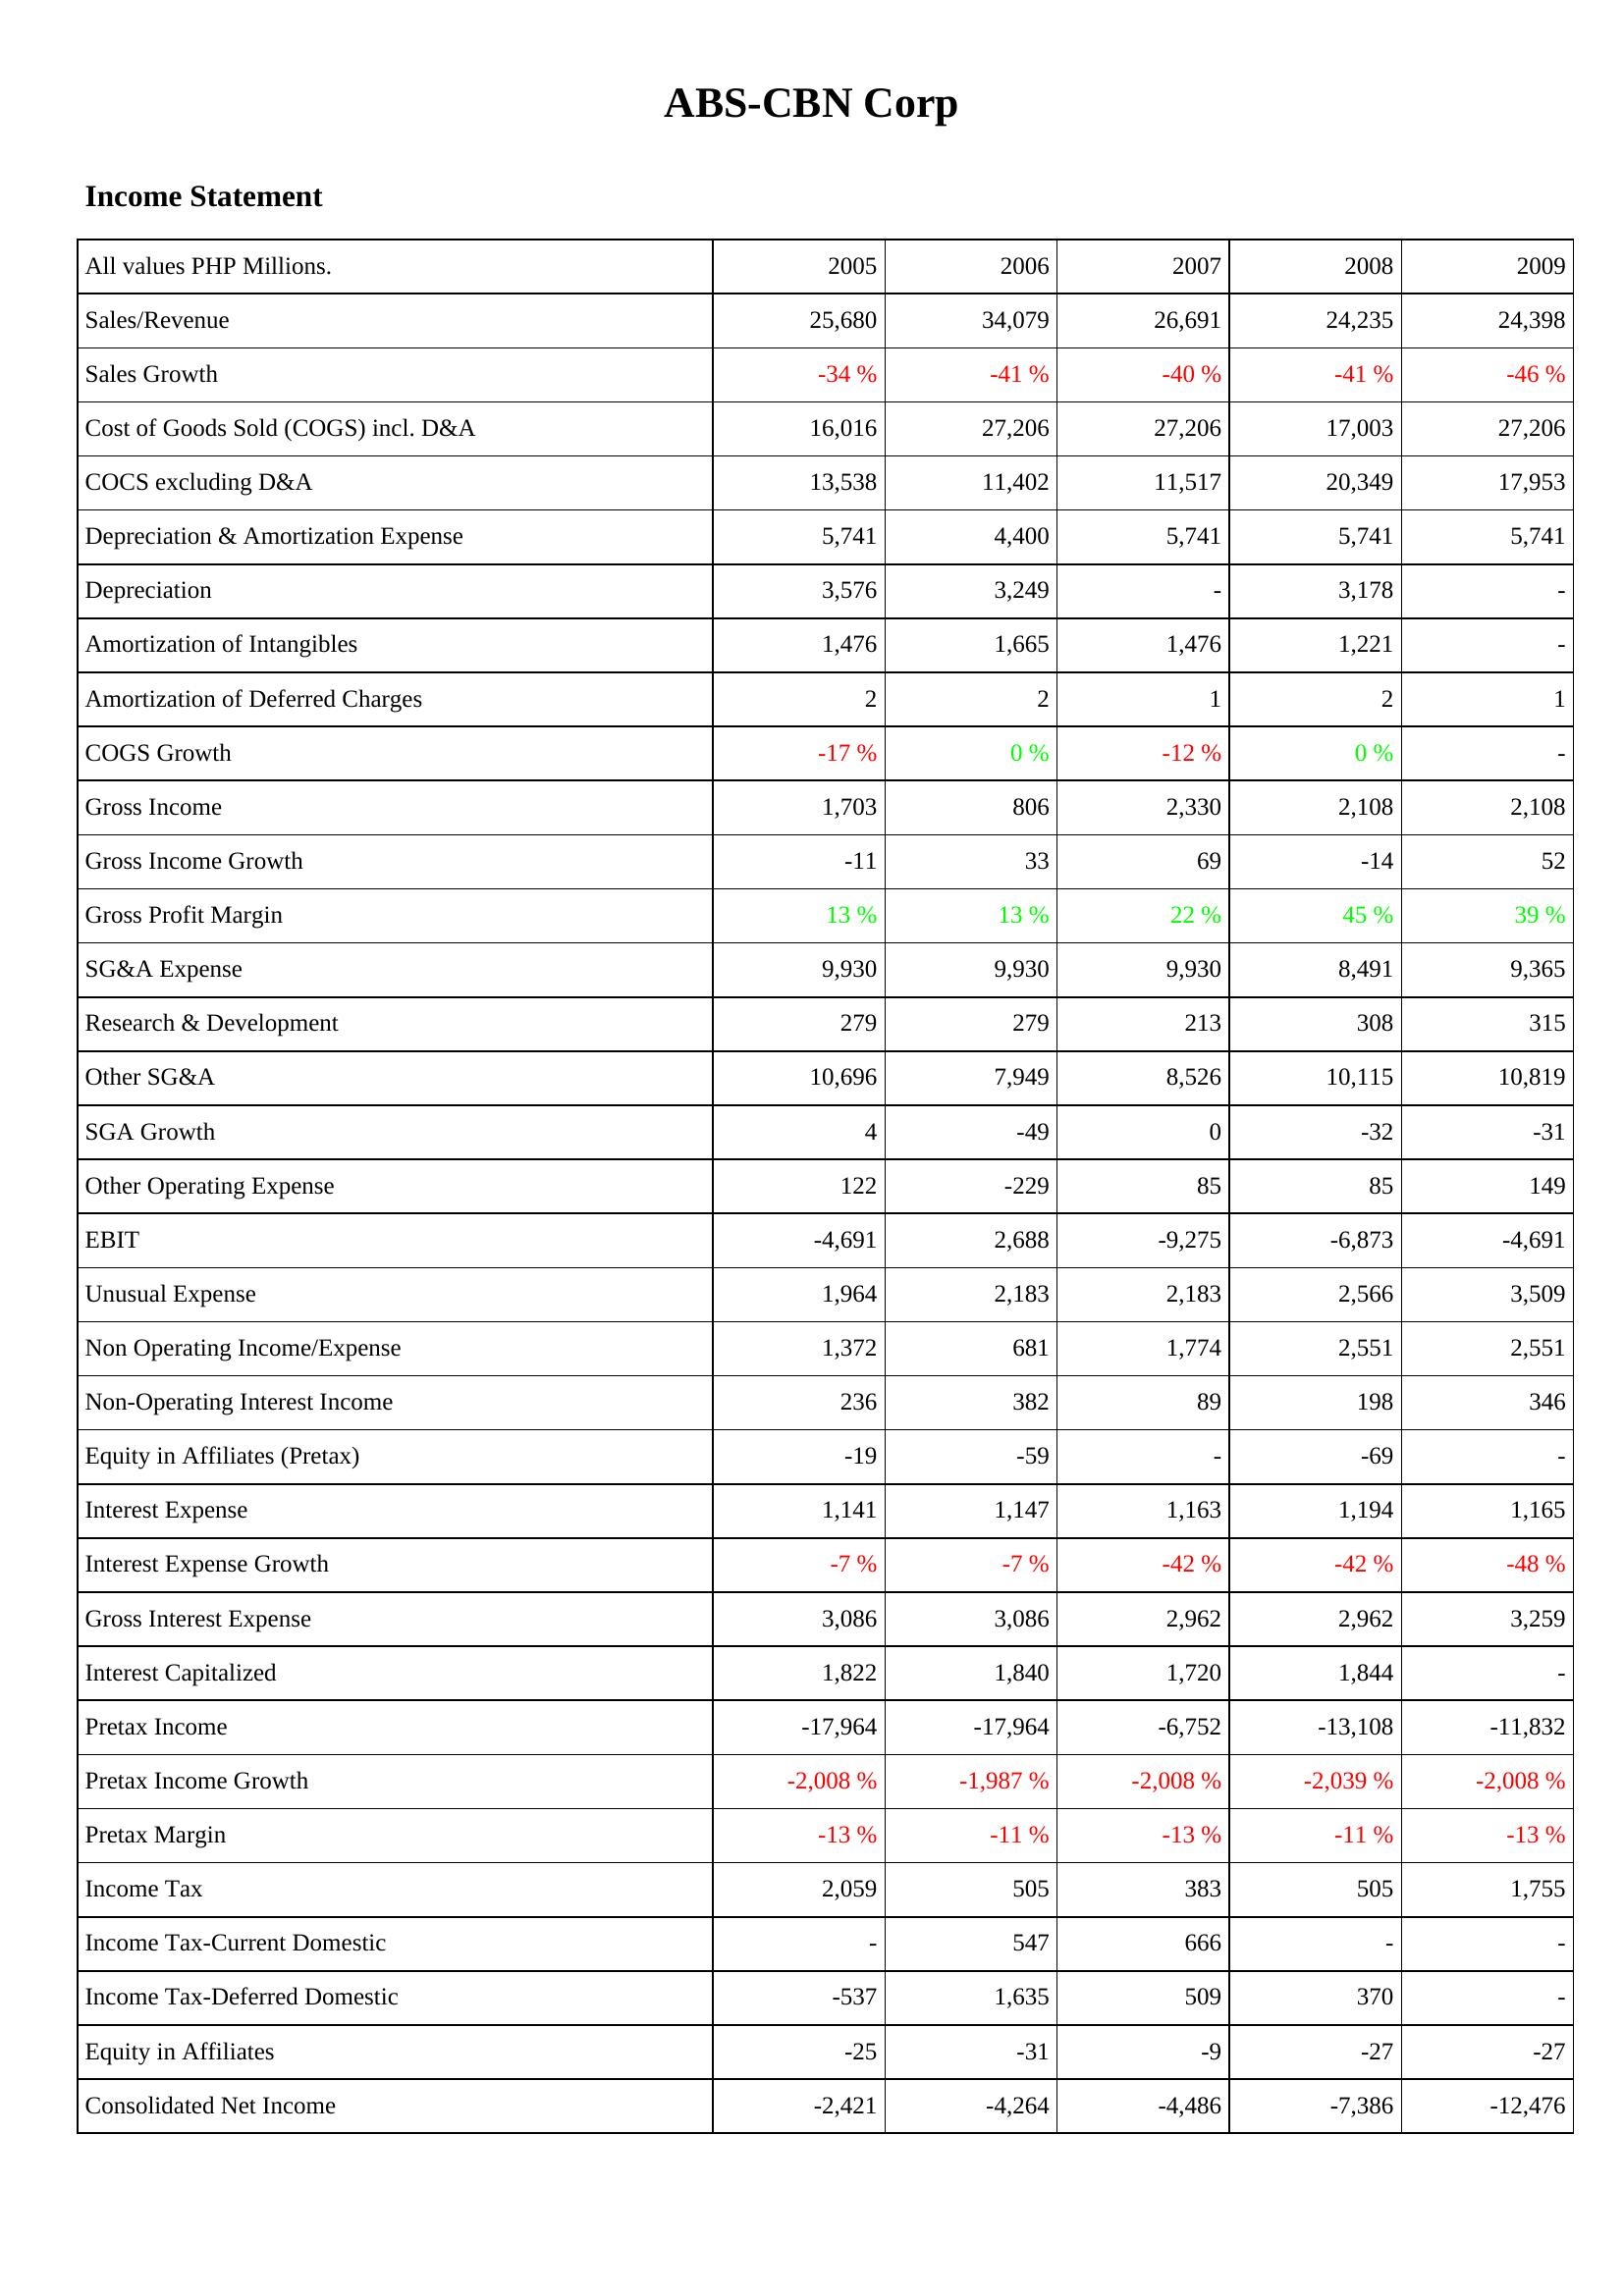
2005: Income Statement: Sales/Revenue: 25,680
Sales Growth: -34 %
Cost of Goods Sold (COGS) incl. D&A: 16,016
COCS excluding D&A: 13,538
Depreciation & Amortization Expense: 5,741
Depreciation: 3,576
Amortization of Intangibles: 1,476
Amortization of Deferred Charges: 2
COGS Growth: -17 %
Gross Income: 1,703
Gross Income Growth: -11
Gross Profit Margin: 13 %
SG&A Expense: 9,930
Research & Development: 279
Other SG&A: 10,696
SGA Growth: 4
Other Operating Expense: 122
EBIT: -4,691
Unusual Expense: 1,964
Non Operating Income/Expense: 1,372
Non-Operating Interest Income: 236
Equity in Affiliates (Pretax): -19
Interest Expense: 1,141
Interest Expense Growth: -7 %
Gross Interest Expense: 3,086
Interest Capitalized: 1,822
Pretax Income: -17,964
Pretax Income Growth: -2,008 %
Pretax Margin: -13 %
Income Tax: 2,059
Income Tax-Current Domestic: -
Income Tax-Deferred Domestic: -537
Equity in Affiliates: -25
Consolidated Net Income: -2,421
2006: Income Statement: Sales/Revenue: 34,079
Sales Growth: -41 %
Cost of Goods Sold (COGS) incl. D&A: 27,206
COCS excluding D&A: 11,402
Depreciation & Amortization Expense: 4,400
Depreciation: 3,249
Amortization of Intangibles: 1,665
Amortization of Deferred Charges: 2
COGS Growth: 0 %
Gross Income: 806
Gross Income Growth: 33
Gross Profit Margin: 13 %
SG&A Expense: 9,930
Research & Development: 279
Other SG&A: 7,949
SGA Growth: -49
Other Operating Expense: -229
EBIT: 2,688
Unusual Expense: 2,183
Non Operating Income/Expense: 681
Non-Operating Interest Income: 382
Equity in Affiliates (Pretax): -59
Interest Expense: 1,147
Interest Expense Growth: -7 %
Gross Interest Expense: 3,086
Interest Capitalized: 1,840
Pretax Income: -17,964
Pretax Income Growth: -1,987 %
Pretax Margin: -11 %
Income Tax: 505
Income Tax-Current Domestic: 547
Income Tax-Deferred Domestic: 1,635
Equity in Affiliates: -31
Consolidated Net Income: -4,264
2007: Income Statement: Sales/Revenue: 26,691
Sales Growth: -40 %
Cost of Goods Sold (COGS) incl. D&A: 27,206
COCS excluding D&A: 11,517
Depreciation & Amortization Expense: 5,741
Depreciation: -
Amortization of Intangibles: 1,476
Amortization of Deferred Charges: 1
COGS Growth: -12 %
Gross Income: 2,330
Gross Income Growth: 69
Gross Profit Margin: 22 %
SG&A Expense: 9,930
Research & Development: 213
Other SG&A: 8,526
SGA Growth: 0
Other Operating Expense: 85
EBIT: -9,275
Unusual Expense: 2,183
Non Operating Income/Expense: 1,774
Non-Operating Interest Income: 89
Equity in Affiliates (Pretax): -
Interest Expense: 1,163
Interest Expense Growth: -42 %
Gross Interest Expense: 2,962
Interest Capitalized: 1,720
Pretax Income: -6,752
Pretax Income Growth: -2,008 %
Pretax Margin: -13 %
Income Tax: 383
Income Tax-Current Domestic: 666
Income Tax-Deferred Domestic: 509
Equity in Affiliates: -9
Consolidated Net Income: -4,486
2008: Income Statement: Sales/Revenue: 24,235
Sales Growth: -41 %
Cost of Goods Sold (COGS) incl. D&A: 17,003
COCS excluding D&A: 20,349
Depreciation & Amortization Expense: 5,741
Depreciation: 3,178
Amortization of Intangibles: 1,221
Amortization of Deferred Charges: 2
COGS Growth: 0 %
Gross Income: 2,108
Gross Income Growth: -14
Gross Profit Margin: 45 %
SG&A Expense: 8,491
Research & Development: 308
Other SG&A: 10,115
SGA Growth: -32
Other Operating Expense: 85
EBIT: -6,873
Unusual Expense: 2,566
Non Operating Income/Expense: 2,551
Non-Operating Interest Income: 198
Equity in Affiliates (Pretax): -69
Interest Expense: 1,194
Interest Expense Growth: -42 %
Gross Interest Expense: 2,962
Interest Capitalized: 1,844
Pretax Income: -13,108
Pretax Income Growth: -2,039 %
Pretax Margin: -11 %
Income Tax: 505
Income Tax-Current Domestic: -
Income Tax-Deferred Domestic: 370
Equity in Affiliates: -27
Consolidated Net Income: -7,386
2009: Income Statement: Sales/Revenue: 24,398
Sales Growth: -46 %
Cost of Goods Sold (COGS) incl. D&A: 27,206
COCS excluding D&A: 17,953
Depreciation & Amortization Expense: 5,741
Depreciation: -
Amortization of Intangibles: -
Amortization of Deferred Charges: 1
COGS Growth: -
Gross Income: 2,108
Gross Income Growth: 52
Gross Profit Margin: 39 %
SG&A Expense: 9,365
Research & Development: 315
Other SG&A: 10,819
SGA Growth: -31
Other Operating Expense: 149
EBIT: -4,691
Unusual Expense: 3,509
Non Operating Income/Expense: 2,551
Non-Operating Interest Income: 346
Equity in Affiliates (Pretax): -
Interest Expense: 1,165
Interest Expense Growth: -48 %
Gross Interest Expense: 3,259
Interest Capitalized: -
Pretax Income: -11,832
Pretax Income Growth: -2,008 %
Pretax Margin: -13 %
Income Tax: 1,755
Income Tax-Current Domestic: -
Income Tax-Deferred Domestic: -
Equity in Affiliates: -27
Consolidated Net Income: -12,476